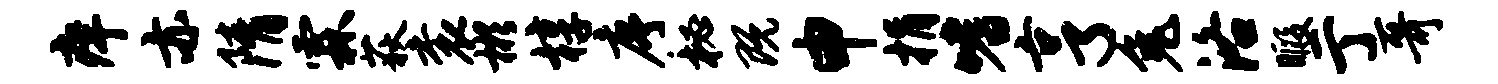
痒亦隋霖荻衮彬椁序秘既申捐嗜亨兔洛暇亍哥